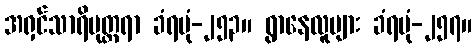
အရှင်သာရိပုတ္တရာ ခံရပုံ-၂၅၃။ ရွာနေလူများ ခံရပုံ-၂၅၇။